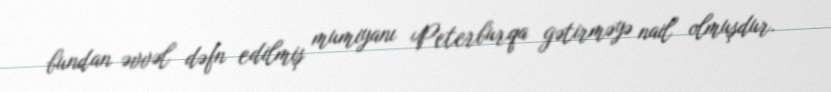
bundan əvvəl dəfn edilmiş mumiyanı Peterburqa gətirməyə nail olmuşdur.